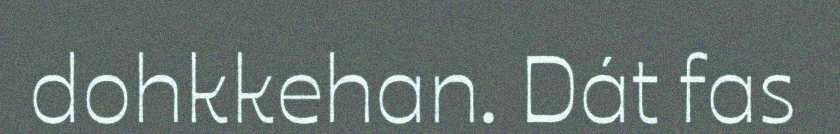
dohkkehan. Dát fas